Lunatic asylums United Provinces 1899-1908 - 1899-1908
Year: 1899
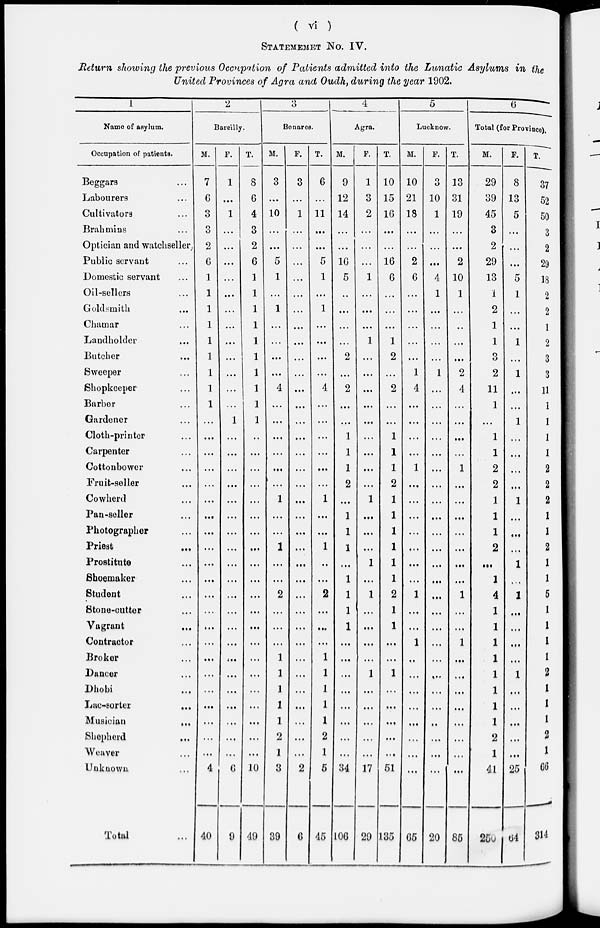
( vi )
STATEMENT No. IV.
Return showing the previous Occupation of Patients admitted into the Lunatic Asylums in the
United Provinces of Agra and Oudh, during the year 1902.
1
Name of asylum.
Occupation of patients.
Beggars ...
Labourers ...
Cultivators ...
Brahmins ...
Optician and watchseller,
Public servant ...
Domestic servant ...
Oil-sellers ...
Goldsmith ...
Chamar ...
Landholder ...
Butcher ...
Sweeper ...
Shopkeeper ...
Barber ...
Gardener ...
Cloth-printer ...
Carpenter ...
Cottonbower ...
Fruit-seller ...
Cowherd ...
Pan-seller ...
Photographer ...
Priest ...
Prostitute ...
Shoemaker ...
Student ...
Stone-cutter ...
Vagrant ...
Contractor ...
Broker ...
Dancer ...
Dhobi ...
Lac-sorter
...
Musician
...
Shepherd ...
Weaver ...
Unknown ...
Total ...
2
Bareilly.
M.
7
6
3
3
2
6
1
1
1
1
1
1
1
1
1
...
...
...
...
...
...
...
...
...
...
...
...
...
...
...
...
...
...
...
...
...
...
4
40
F.
1
...
1
...
...
...
...
...
...
...
...
...
...
...
...
1
...
...
...
...
...
...
...
...
...
...
...
...
...
...
...
...
...
...
...
...
...
6
9
T.
8
6
4
3
2
6
1
1
1
1
1
1
1
1
1
1
..
...
...
...
...
...
...
...
...
...
...
...
...
...
...
...
...
...
...
...
...
10
49
3
Benares.
M.
3
...
10
...
...
5
1
...
1
...
...
...
...
4
...
...
...
...
...
...
1
...
...
1
...
...
2
...
...
...
1
1
1
1
1
2
1
3
39
F.
3
...
1
...
...
...
...
...
...
...
...
...
...
...
...
...
...
...
...
...
...
...
...
...
...
...
...
...
...
...
...
...
...
...
...
...
...
2
6
T.
6
...
11
...
...
5
1
...
1
...
...
...
...
4
...
...
...
...
...
...
1
...
...
1
...
...
2
...
...
...
1
1
1
1
1
2
1
5
45
4
Agra.
M.
9
12
14
...
...
16
5
..
...
...
...
2
...
2
...
...
1
1
1
2
...
1
1
1
...
1
1
1
1
...
...
...
...
...
...
...
...
34
106
F.
1
3
2
...
...
...
1
...
...
...
1
...
...
...
...
...
...
...
...
...
1
...
...
...
1
...
1
...
...
...
...
1
...
...
...
...
...
17
29
T.
10
15
16
...
...
16
6
...
...
...
1
2
...
2
...
...
1
1
1
2
1
1
1
1
1
1
2
1
1
...
...
1
...
...
...
...
...
51
135
5
Lucknow.
M.
10
21
18
...
...
...
6
...
...
...
...
...
1
4
...
...
...
...
1
...
...
...
...
...
...
...
1
...
...
1
...
...
...
...
...
...
...
...
65
F.
3
10
1
...
...
...
4
1
...
...
...
...
1
...
...
...
...
...
...
...
...
...
...
...
...
...
...
...
...
...
...
...
...
...
...
...
...
...
20
T.
13
31
19
...
...
2
10
1
...
..
...
...
2
4
...
...
...
...
1
...
...
...
...
...
...
...
1
...
...
1
...
...
...
...
...
...
...
...
85
6
Total (for Province).
M.
29
39
45
3
2
29
13
1
2
1
1
3
2
11
1
...
1
1
2
2
1
1
1
2
...
1
4
1
1
1
1
1
1
1
1
2
1
41
250
F.
8
13
5
...
...
...
5
1
...
...
1
...
1
...
...
1
...
...
...
...
1
...
...
...
1
...
1
...
...
...
...
1
...
...
...
...
...
25
64
T.
37
52
50
3
2
29
18
2
2
1
2
3
3
11
...
...
...
...
2
2
2
...
...
...
...
...
...
...
...
...
...
...
...
...
...
2
1
66
314